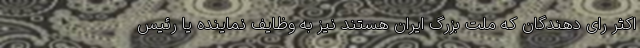
اکثر رای دهندگان که ملت بزرگ ایران هستند نیز به وظایف نماینده یا رئیس